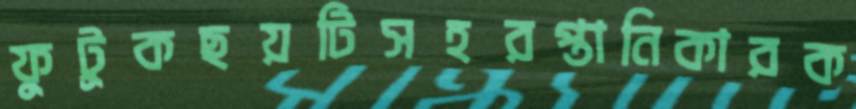
ফুটুকছয়টিসহরপ্তানিকারক